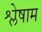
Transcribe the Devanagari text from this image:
श्लेषाम